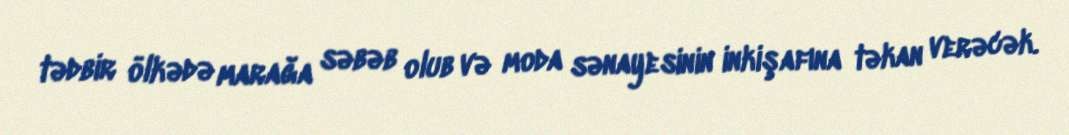
tədbir ölkədə marağa səbəb olub və moda sənayesinin inkişafına təkan verəcək.